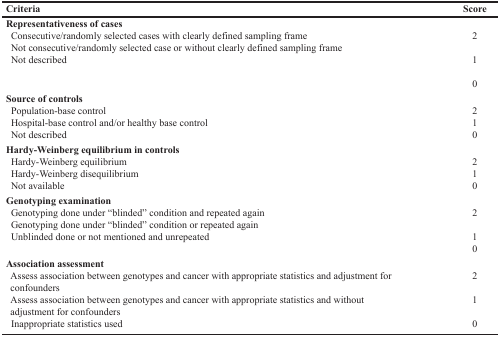
<table><thead><tr><td><b>Criteria</b></td><td><b>Score</b></td></tr></thead><tbody><tr><td><b>Representativeness of cases</b> Consecutive/randomly selected cases with clearly defined sampling frame Not consecutive/randomly selected case or without clearly defined sampling frame Not described</td><td>210</td></tr><tr><td><b>Source of controls</b> Population-base control Hospital-base control and/or healthy base control Not described</td><td>210</td></tr><tr><td><b>Hardy-Weinberg equilibrium in controls</b> Hardy-Weinberg equilibrium Hardy-Weinberg disequilibrium Not available</td><td>210</td></tr><tr><td><b>Genotyping examination</b> Genotyping done under “blinded” condition and repeated again Genotyping done under “blinded” condition or repeated again Unblinded done or not mentioned and unrepeated</td><td>210</td></tr><tr><td><b>Association assessment</b> Assess association between genotypes and cancer with appropriate statistics and adjustment for confounders Assess association between genotypes and cancer with appropriate statistics and without adjustment for confounders Inappropriate statistics used</td><td>210</td></tr></tbody></table>